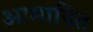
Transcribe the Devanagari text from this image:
आमापित